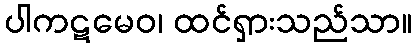
ပါကဋမေဝ၊ ထင်ရှားသည်သာ။